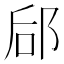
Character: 郈